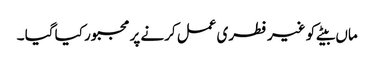
ماں بیٹے کو غیر فطری عمل کرنے پر مجبور کیا گیا ۔